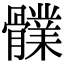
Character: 𩪤